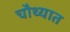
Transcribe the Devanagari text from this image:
चौथ्यात